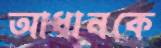
আধানকে